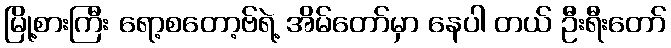
မြို့စားကြီး ရော့စတော့ဗ်ရဲ့ အိမ်တော်မှာ နေပါ တယ် ဦးရီးတော်